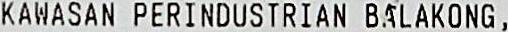
KAWASAN PERINDUSTRIAN BALAKONG ,